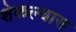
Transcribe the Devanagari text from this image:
शेकल्यास